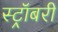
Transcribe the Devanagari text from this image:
स्ट्रॉबरी